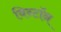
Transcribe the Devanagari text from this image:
विन्टॉन